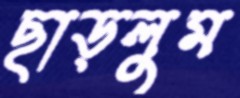
ছাড়লুম